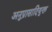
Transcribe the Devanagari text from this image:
अनुप्रासादियुक्त